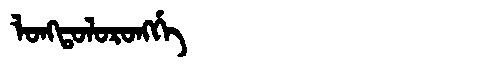
Manchu: ᠯᠣᠩᡨᠣᠯᠣᡵᠣᠩᡤᡝ
Romanization: LONGTOLORONGGE